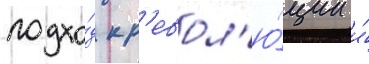
подхо́д к р'евол'ю́ции и́